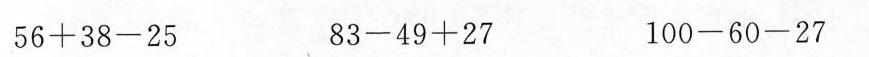
$$5 6 + 3 8 - 2 5$$ $$8 3 - 4 9 + 2 7$$ $$1 0 0 - 6 0 - 2 7$$